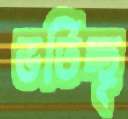
ভর্তিচ্ছৃ